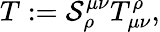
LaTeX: T:=\mathcal{S}_{\rho}^{\mu\nu}T_{\mu\nu}^{\rho},